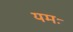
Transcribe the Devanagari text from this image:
यमः